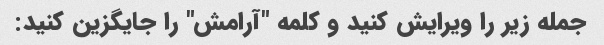
جمله زیر را ویرایش کنید و کلمه "آرامش" را جایگزین کنید: